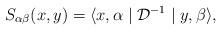
LaTeX: \begin{align*}S_{\alpha\beta}(x,y)=\langle x,\alpha \mid {\mathcal D}^{-1} \mid y, \beta \rangle ,\end{align*}